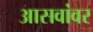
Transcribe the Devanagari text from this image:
आसवांवर